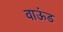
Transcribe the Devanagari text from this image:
वाऊंड